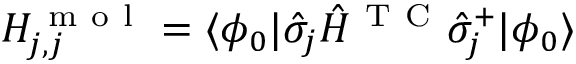
H _ { j , j } ^ { \mathrm { ~ m ~ o ~ l ~ } } = \langle \phi _ { 0 } | \hat { \sigma } _ { j } \hat { H } ^ { \mathrm { ~ T ~ C ~ } } \hat { \sigma } _ { j } ^ { + } | \phi _ { 0 } \rangle